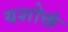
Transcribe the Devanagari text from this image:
यशोक्तं